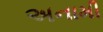
અનામી